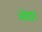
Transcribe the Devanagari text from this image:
ओदन